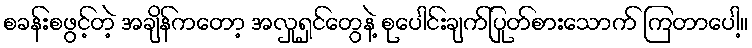
စခန်းစဖွင့်တဲ့ အချိန်ကတော့ အလှုရှင်တွေနဲ့ စုပေါင်းချက်ပြုတ်စားသောက် ကြတာပေါ့။